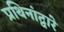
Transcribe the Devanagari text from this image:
प्रथिनांद्वारे